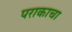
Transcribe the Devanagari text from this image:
पराकाचा